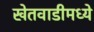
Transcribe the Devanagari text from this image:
खेतवाडीमध्ये